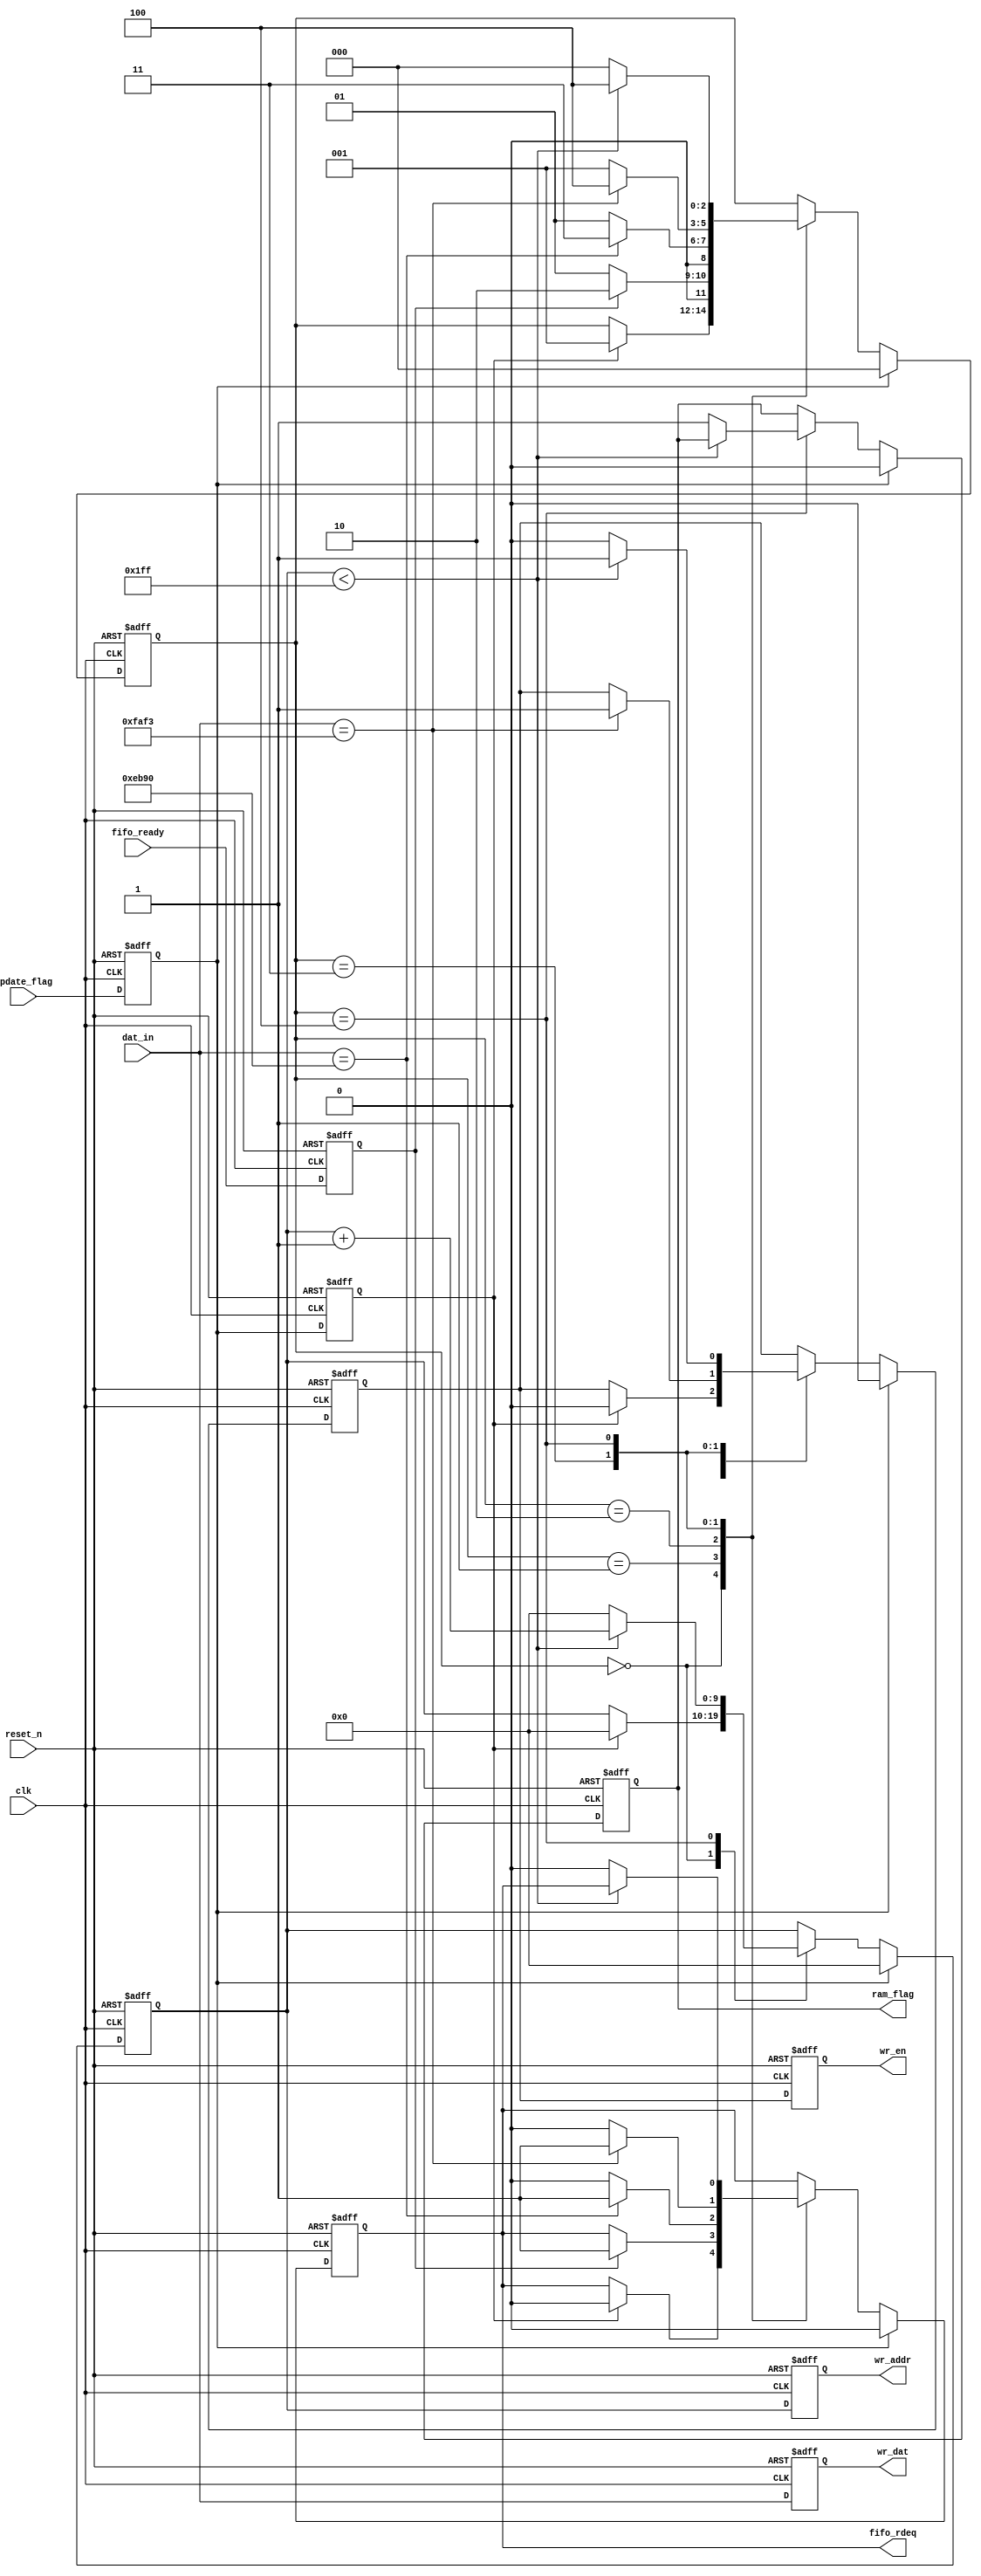
module WrRamSourceCon(
						input clk,
						input reset_n,
						
						input update_flag,
						
						input fifo_ready,
						
						input [15 : 0] dat_in,
						output reg fifo_rdeq,
						
						output reg [15 : 0] wr_dat,
						output reg [9  : 0] wr_addr,
						output reg wr_en,
						output reg ram_flag
						
						);
						
	reg flag_reg0;
	reg flag_reg1;
	reg fifo_ready_reg;
	
	always @ (posedge clk or negedge reset_n)
	begin
		if (!reset_n)
		begin
			flag_reg0 <= 1'b0;
			flag_reg1 <= 1'b0;
			fifo_ready_reg <= 1'b0;
		end
		else
		begin
			flag_reg0 <= update_flag;
			flag_reg1 <= flag_reg0;
			fifo_ready_reg <= fifo_ready;
		end
	end 
	
	reg [2:0] state;
	reg [9:0] counter;
	reg wrreg_en;
	
	parameter idle = 3'd0;
	parameter judge_fifo = 3'd1;
	parameter judge_sync0 = 3'd2;
	parameter judge_sync1 = 3'd3;
	parameter calc = 3'd4;
	
	parameter [15 : 0] sync_code0 = 16'heb90;
	parameter [15 : 0] sync_code1 = 16'hfaf3;
	
	parameter [9 : 0] counter_max = 10'd511;
	
	always @ (posedge clk or negedge reset_n)
	begin
		if (!reset_n)
		begin
			state <= idle;
			counter <= 10'd0;
			fifo_rdeq <= 1'b0;
			wrreg_en <= 1'b0;
			ram_flag <= 1'b0;
		end 
		else if (flag_reg0)
		begin
			state <= idle;
			counter <= 10'd0;
			fifo_rdeq <= 1'b0;
			wrreg_en <= 1'b0;
			ram_flag <= 1'b0;
		end 
		else
		begin
			case (state)
				idle:
				begin
					if (flag_reg1)//
					begin//
						state <= judge_fifo;
						counter <= 10'd0;
						fifo_rdeq <= 1'b0;
						wrreg_en <= 1'b0;
					end//
					else;//
				end 
				judge_fifo:
				begin
					if (fifo_ready_reg)
					begin
						state <= judge_sync0;
						fifo_rdeq <= 1'b1;	
					end
					else
						state <= judge_fifo;
				end
				judge_sync0:
				begin
					if (dat_in == sync_code0)
					begin
						state <= judge_sync1;
						fifo_rdeq <= 1'b1;
						
					end
					else
					begin
						state <= judge_fifo;
						fifo_rdeq <= 1'b0;	
					end
				end
				judge_sync1:
				begin
					if (dat_in == sync_code1)
					begin
						state <= calc;
						fifo_rdeq <= 1'b1;
						wrreg_en <= 1'b1;	
					end
					else
					begin
						state <= judge_fifo;
						fifo_rdeq <= 1'b0;	
					end
				end
				calc:
				begin
					if (counter < counter_max)
					begin
						state <= calc;
						counter <= counter + 1'b1;
						wrreg_en <= 1'b1;	
					end 
					else
					begin
						//state <= calc;
						state <= idle;
						ram_flag <= 1'b1;
						fifo_rdeq <= 1'b0;
						counter <= 10'd0;
						wrreg_en <= 1'b0;
					end
				end
				default:; 
			endcase
		end 
	end 
	
	always @ (posedge clk or negedge reset_n)
	begin
		if (!reset_n)
		begin
			wr_addr <= 10'd0;
			wr_dat  <= 16'd0;
			wr_en   <=  1'b0;
		end
		else
		begin
			wr_addr <= counter;
			wr_dat  <= dat_in;
			wr_en   <=  wrreg_en;
		end
	end 
endmodule